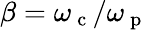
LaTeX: \beta=\omega_{\mathrm{~c~}}/\omega_{\mathrm{~p~}}